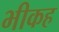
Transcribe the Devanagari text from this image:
भीकह